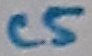
Text: C5